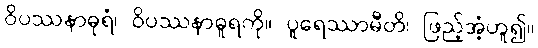
ဝိပဿနာဓုရံ၊ ဝိပဿနာဓူရကို။ ပူရေဿာမီတိ၊ ဖြည့်အံ့ဟူ၍။